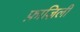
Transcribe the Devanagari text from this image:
फ़ाज़िली